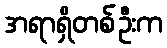
အရာရှိတစ်ဦးက